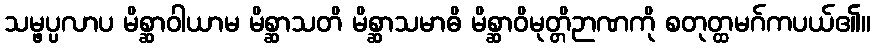
သမ္ဖပ္ပလာပ မိစ္ဆာဝါယာမ မိစ္ဆာသတိ မိစ္ဆာသမာဓိ မိစ္ဆာဝိမုတ္တိဉာဏကို စတုတ္ထမဂ်ကပယ်၏။